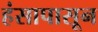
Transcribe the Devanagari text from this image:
हंसापासून